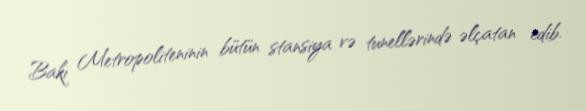
Bakı Metropoliteninin bütün stansiya və tunellərində əlçatan edib.